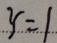
y = 1